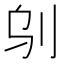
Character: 𠛆